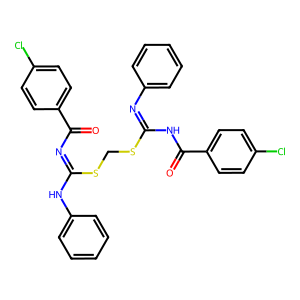
SMILES: O=C(N=C(Nc1ccccc1)SCSC(=Nc1ccccc1)NC(=O)c1ccc(Cl)cc1)c1ccc(Cl)cc1
Inhibits HIV replication: No